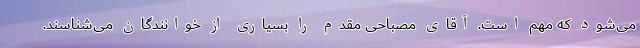
می‌شود که مهم است. آقای مصباحی مقدم را بسیاری از خوانندگان می‌شناسند.